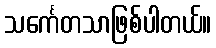
သင်္ကေတသာဖြစ်ပါတယ်။